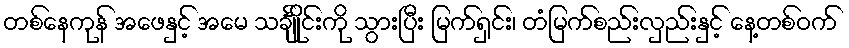
တစ်နေကုန် အဖေနှင့် အမေ သင်္ချိုင်းကို သွားပြီး မြက်ရှင်း၊ တံမြက်စည်းလှည်းနှင့် နေ့တစ်ဝက်